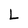
Character: L